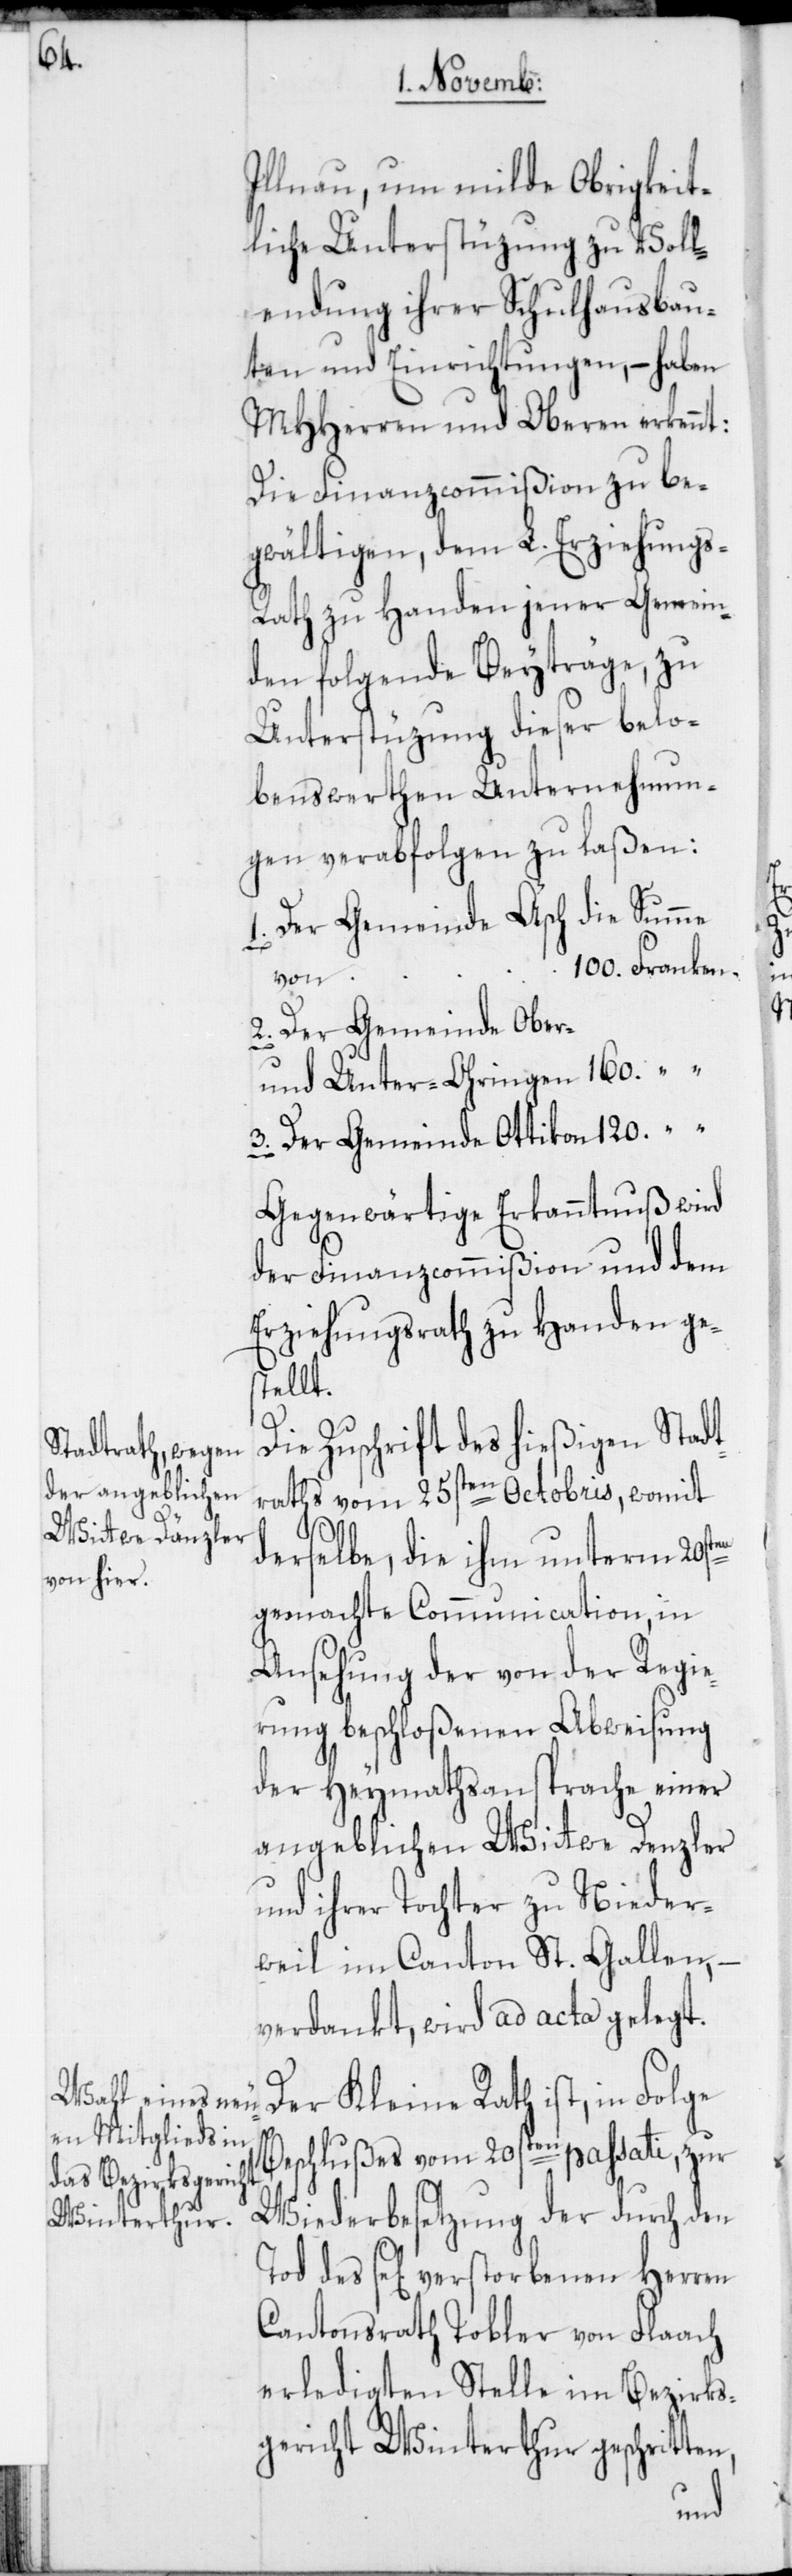
Illnau, um milde Obrigkeit¬
liche Unterstüzung zu Voll¬
endung ihrer Schulhausbau¬
ten und Einrichtungen, – haben
MHHerren und Oberen erkennt:
Die Finanzcommißion zu be¬
gwältigen, dem L. Erziehungs-R¬
ath zu Handen jener Gemein¬
den folgende Beyträge, zu
Unterstüzung dieser belo¬
benswerthen Unternehmun¬
gen verabfolgen zu laßen:
1. Der Gemeinde Äsch die Summe
100. Franken.
von
2. Der Gemeinde Ober-
und Unter-Ohringen 160. “
3. Der Gemeinde Ottikon 120. “
Gegenwärtige Erkanntnuß wird
der Finanzcommißion und dem
Erziehungsrath zu Handen ge¬
stellt.
Die Zuschrift des hießigen Stadt¬
raths vom 25sten Octobris, womit
derselbe, die ihm unterm 20sten
gemachte Communication, in
Ansehung der von der Regie¬
rung beschloßenen Abweisung
der Heymathsansprache einer
angeblichen Wittwe Denzler
und ihrer Tochter zu Nieder¬
weil im Canton St. Gallen,
verdankt, wird ad acta gelegt.
Der Kleine Rath ist, in Folge
Beschlußes vom 20sten passati, zur
Wiederbesetzung der durch den
des se[lig] verstorbenen Herren
Cantonsrath Tobler von Flaach
erledigten Stelle im Bezirks¬
gericht Winterthur geschritten,